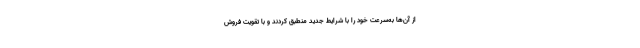
از آن‌ها به‌سرعت خود را با شرایط جدید منطبق کردند و با تقویت فروش